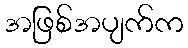
အဖြစ်အပျက်က